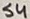
Text: S4